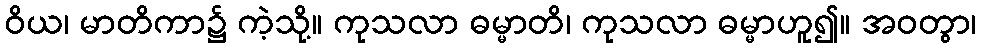
ဝိယ၊ မာတိကာ၌ ကဲ့သို့။ ကုသလာ ဓမ္မာတိ၊ ကုသလာ ဓမ္မာဟူ၍။ အဝတွာ၊